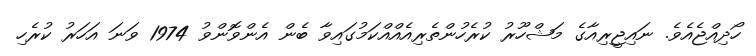
ހޯދިއްޖެއެވެ. ނައިޖީރިއާގެ މަޝްހޫރު ކުރެހުންތެރިއެއްއްކަމުގައިވާ ބެން އެންވޮންވު 1974 ވަނަ އަހަރު ކުރެހި